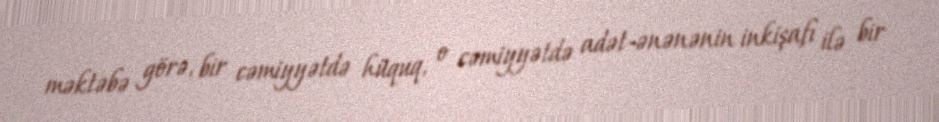
məktəbə görə, bir cəmiyyətdə hüquq, o cəmiyyətdə adət-ənənənin inkişafı ilə bir